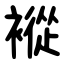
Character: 䙕